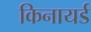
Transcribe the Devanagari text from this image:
किनायर्ड